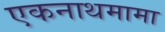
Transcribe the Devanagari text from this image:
एकनाथमामा